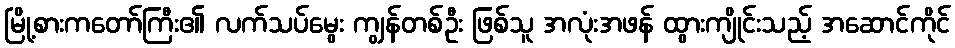
မြို့စားကတော်ကြီး၏ လက်သပ်မွေး ကျွန်တစ်ဦး ဖြစ်သူ အလုံးအဖန် ထွားကျိုင်းသည့် အဆောင်ကိုင်